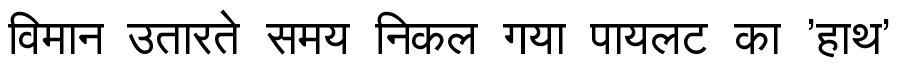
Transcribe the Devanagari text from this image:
विमान उतारते समय निकल गया पायलट का 'हाथ'